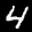
Label: 4